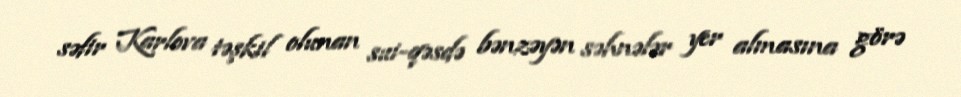
səfir Karlova təşkil olunan sui-qəsdə bənzəyən səhnələr yer almasına görə